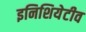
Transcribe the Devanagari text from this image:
इनिशियेटीव